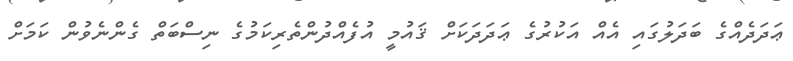
ޢަދަދެއްގެ ބަދަލުގައި އެއް އަކުރުގެ ޢަދަދަކަށް ޤައުމީ އުފެއްދުންތެރިކަމުގެ ނިސްބަތް ގެންނެވުން ކަމަށް